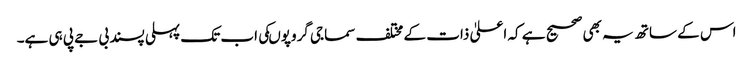
اس کے ساتھ یہ بھی صحیح ہے کہ اعلیٰ ذات کے مختلف سماجی گروپوںکی اب تک پہلی پسند بی جے پی ہی ہے۔